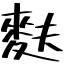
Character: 麩